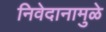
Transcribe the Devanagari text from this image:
निवेदानामुळे